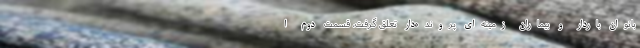
بانوان باردار و بیماران زمینه‌ای پرونده‌دار تعلق گرفت، قسمت دوم ا